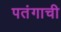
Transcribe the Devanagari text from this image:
पतंगाची